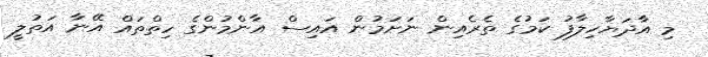
މި އާދަޔާހިލާފު ކަމުގެ ތެރެއިން ނަށަމުން އައިސް އާންމުންގެ ހިތްތައް އޭނާ އަތުލީ